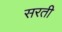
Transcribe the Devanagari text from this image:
सरती